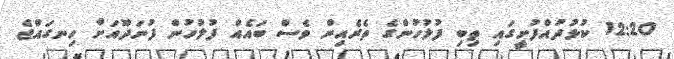
12:20 ކުޅުދުއްފުށީގައި ތިބި ފުލުހުންގެ ތެރެއިން ވެސް ބައެއް ފުލުހުން ފުނަދޫއަށް ހިނގައްޖެ